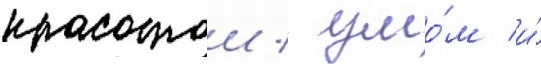
красотои / умо́м и́